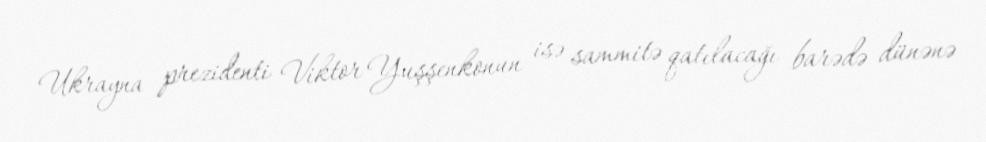
Ukrayna prezidenti Viktor Yuşşenkonun isə sammitə qatılacağı barədə dünənə